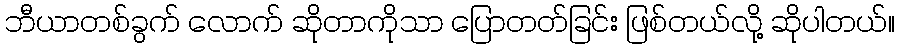
ဘီယာတစ်ခွက် လောက် ဆိုတာကိုသာ ပြောတတ်ခြင်း ဖြစ်တယ်လို့ ဆိုပါတယ်။